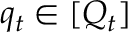
q _ { t } \in [ Q _ { t } ]